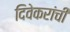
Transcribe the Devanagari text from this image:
दिवेकरांची